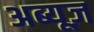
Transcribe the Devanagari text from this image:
अब्यूज़